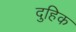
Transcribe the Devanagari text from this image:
दुहिक